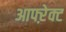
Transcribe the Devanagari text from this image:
आफ्ऱेक्ट